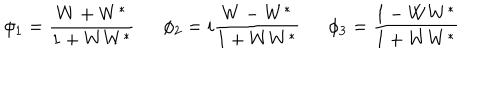
\phi _ { 1 } = \frac { W + W ^ { * } } { 1 + W W ^ { * } } \, \, \, \, \, \, \, \, \, \phi _ { 2 } = i \frac { W - W ^ { * } } { 1 + W W ^ { * } } \, \, \, \, \, \, \, \, \, \phi _ { 3 } = \frac { 1 - W W ^ { * } } { 1 + W W ^ { * } } \, \, \, \, \, \, \, \, \,